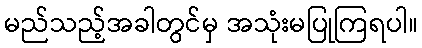
မည်သည့်အခါတွင်မှ အသုံးမပြုကြရပါ။